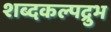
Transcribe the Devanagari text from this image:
शब्दकल्पद्रुभ